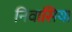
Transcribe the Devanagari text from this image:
निवासिया